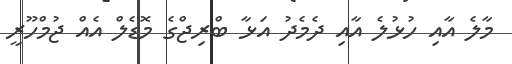
މާލެ އާއި ހުޅުލެ އާއި ދެމެދު އަޅާ ބްރިޖްގެ މޮޑެލް އެއް ޖުމްހޫރީ